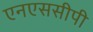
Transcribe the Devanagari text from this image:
एनएससीपी